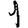
Digit: 1